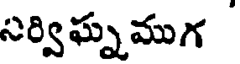
సర్విఘ్నముగ